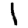
Digit: 1